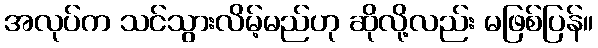
အလုပ်က သင်သွားလိမ့်မည်ဟု ဆိုလို့လည်း မဖြစ်ပြန်။